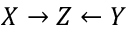
X \rightarrow Z \leftarrow Y